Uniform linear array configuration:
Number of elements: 64
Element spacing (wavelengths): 0.75
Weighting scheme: cosine
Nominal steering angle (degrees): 60
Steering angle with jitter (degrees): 61.965
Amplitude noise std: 0.05
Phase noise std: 0.05

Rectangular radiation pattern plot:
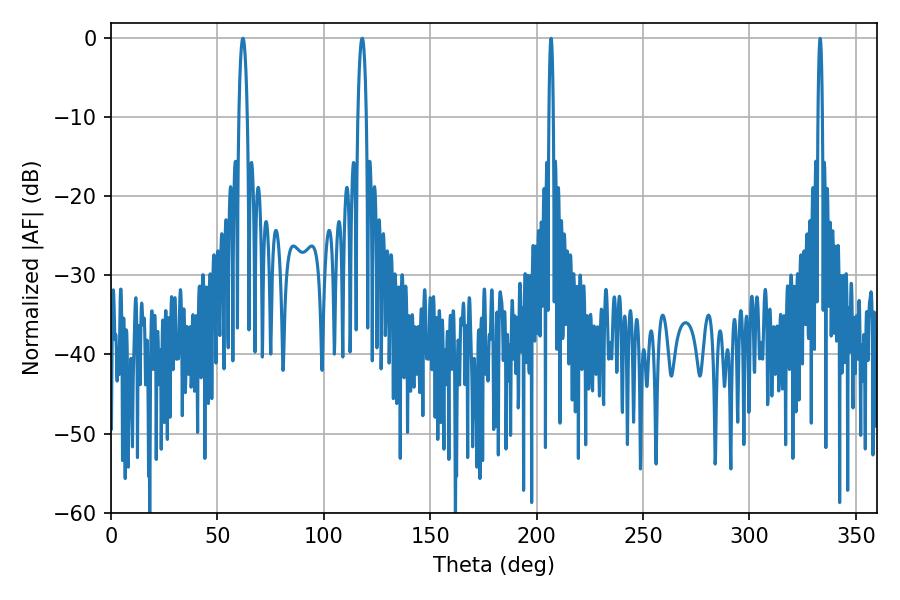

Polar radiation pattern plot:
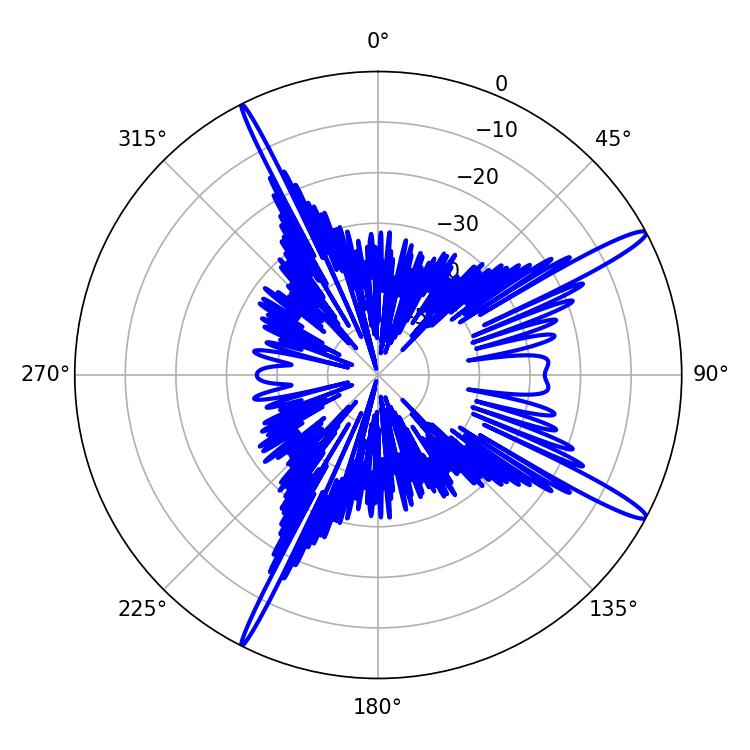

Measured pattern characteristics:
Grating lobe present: TRUE
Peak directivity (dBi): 15.365
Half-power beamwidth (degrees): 2.34
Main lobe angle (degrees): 61.92